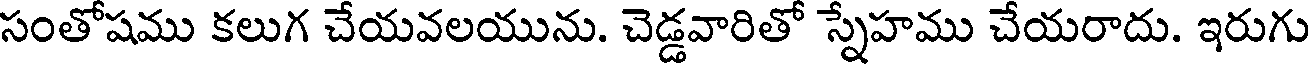
సంతోషము కలుగ చేయవలయును. చెడ్డవారితో స్నేహము చేయరాదు. ఇరుగు